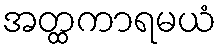
အတ္ထကာရမယံ